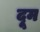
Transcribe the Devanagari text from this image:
दूूम